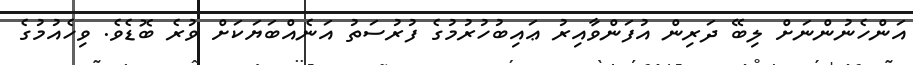
އަންހެނުންނަށް ލިބޭ ދަރިން އުފަންވާއިރު ޢައިބުހުރުމުގެ ފުރުސަތު އަނެއްބަޔަކަށް ވުރެ ބޮޑެވެ. ވިހެއުމުގެ